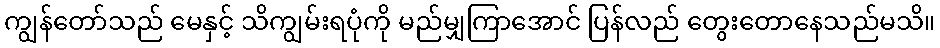
ကျွန်တော်သည် မေနှင့် သိကျွမ်းရပုံကို မည်မျှကြာအောင် ပြန်လည် တွေးတောနေသည်မသိ။